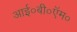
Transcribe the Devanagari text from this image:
आई०बी०ऍम०